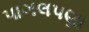
પાગલપણા